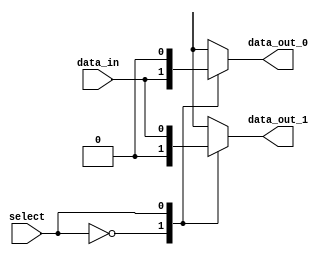
module demux(input wire select, input wire data_in, output reg data_out_0, output reg data_out_1);

always @ (select) begin
    case(select)
        2'b00: begin
            data_out_0 <= data_in;
            data_out_1 <= 1'b0;
        end
        2'b01: begin
            data_out_0 <= 1'b0;
            data_out_1 <= data_in;
        end
        default: begin
            data_out_0 <= 1'b0;
            data_out_1 <= 1'b0;
        end
    endcase
end

endmodule